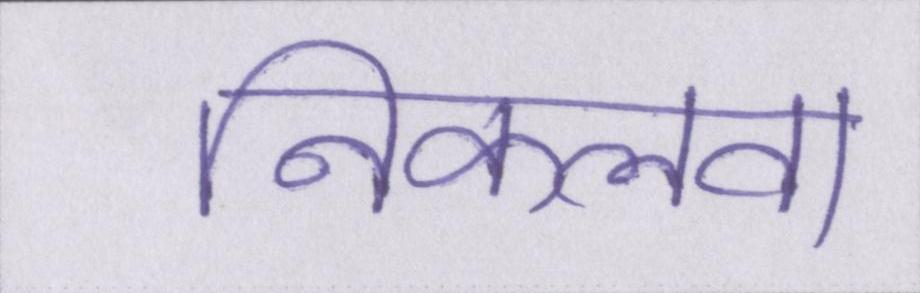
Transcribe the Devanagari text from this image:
निकलवा